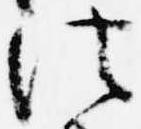
法